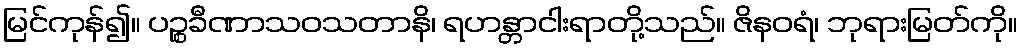
မြင်ကုန်၍။ ပဉ္စခီဏာသဝသတာနိ၊ ရဟန္တာငါးရာတို့သည်။ ဇိနဝရံ၊ ဘုရားမြတ်ကို။